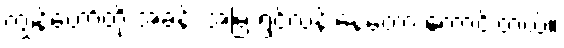
ကျွန်တော်တို့ အခန်း အမြဲ ရွှင်လန်းနေတော့ ကောင်းတယ်။